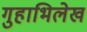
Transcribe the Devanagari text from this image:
गुहाभिलेख